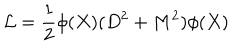
\mathcal { L } = \frac { 1 } { 2 } \phi ( X ) ( D ^ { 2 } + M ^ { 2 } ) \phi ( X )